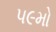
૫૯મો